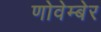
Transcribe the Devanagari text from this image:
णोवेम्बेर